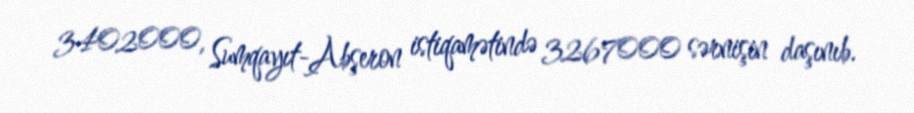
3402000, Sumqayıt-Abşeron istiqamətində 3267000 sərnişin daşınıb.